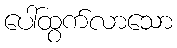
ပေါ်ထွက်လာသော